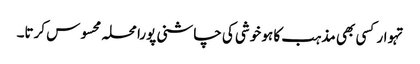
تہوار کسی بھی مذہب کا ہو خوشی کی چاشنی پورا محلہ محسوس کرتا۔